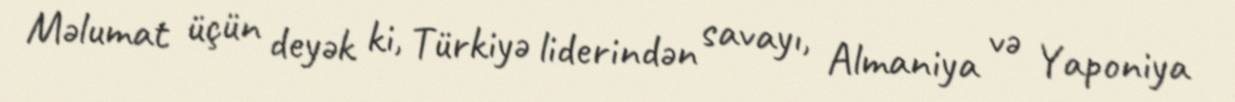
Məlumat üçün deyək ki, Türkiyə liderindən savayı, Almaniya və Yaponiya